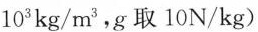
10^{3}kg/m^{3}，g取10N/kg)